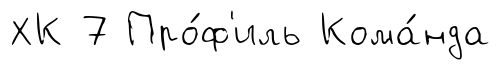
ХК 7 Про́ф'иль Кома́нда